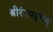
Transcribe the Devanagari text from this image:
श्रीरंगपट्टणम्